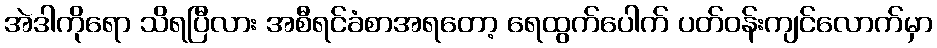
အဲဒါကိုရော သိရပြီလား အစီရင်ခံစာအရတော့ ရေထွက်ပေါက် ပတ်ဝန်းကျင်လောက်မှာ